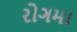
રોગમા